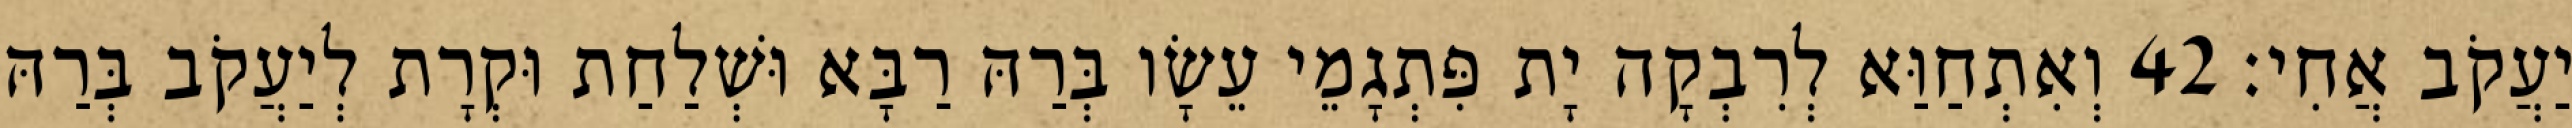
יַעֲקֹב אֲחִי׃ 42 וְאִתְחַוַּא לְרִבְקָה יָת פִּתְגָמֵי עֵשָׂו בְּרַהּ רַבָּא וּשְׁלַחַת וּקְרָת לְיַעֲקֹב בְּרַהּ